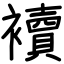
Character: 襩